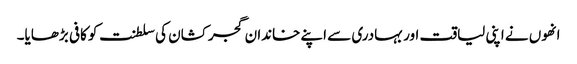
انھوں نے اپنی لیاقت اور بہادری سے اپنے خاندان گجر کشان کی سلطنت کو کافی بڑھایا۔